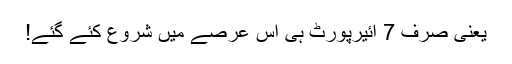
یعنی صرف 7 ائیرپورٹ ہی اس عرصے میں شروع کئے گئے!